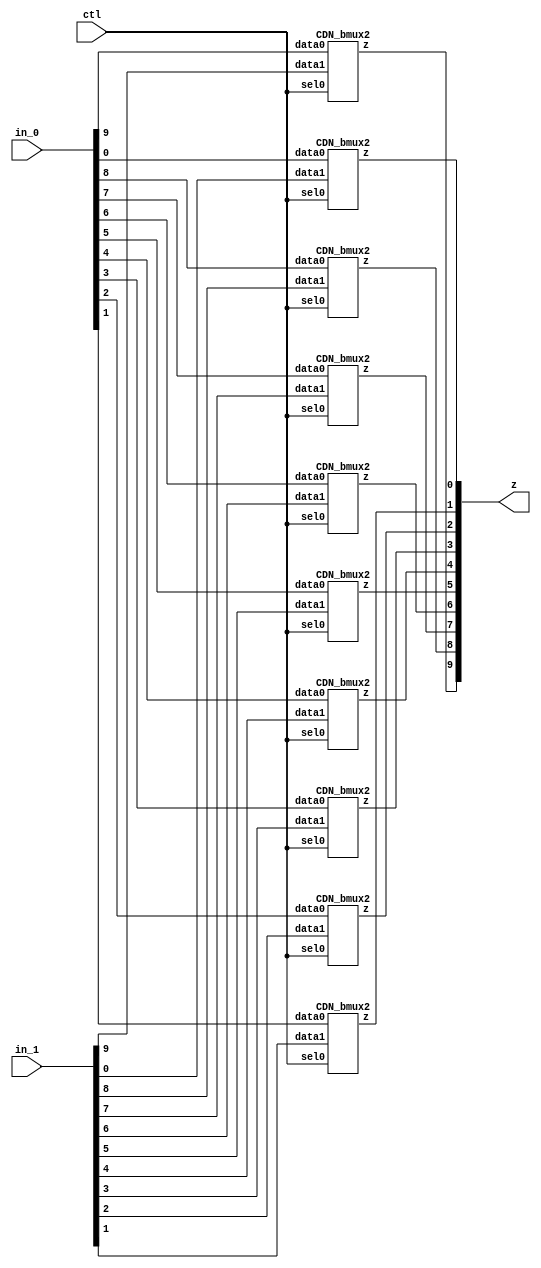

// Generated by Cadence Encounter(R) RTL Compiler RC14.27 - v14.20-s064_1

// Verification Directory fv/keccak_sbox 

module bmux(ctl, in_0, in_1, z);
  input ctl;
  input [9:0] in_0, in_1;
  output [9:0] z;
  CDN_bmux2 g1(.sel0 (ctl), .data0 (in_0[9]), .data1 (in_1[9]), .z
       (z[9]));
  CDN_bmux2 g2(.sel0 (ctl), .data0 (in_0[8]), .data1 (in_1[8]), .z
       (z[8]));
  CDN_bmux2 g3(.sel0 (ctl), .data0 (in_0[7]), .data1 (in_1[7]), .z
       (z[7]));
  CDN_bmux2 g4(.sel0 (ctl), .data0 (in_0[6]), .data1 (in_1[6]), .z
       (z[6]));
  CDN_bmux2 g5(.sel0 (ctl), .data0 (in_0[5]), .data1 (in_1[5]), .z
       (z[5]));
  CDN_bmux2 g6(.sel0 (ctl), .data0 (in_0[4]), .data1 (in_1[4]), .z
       (z[4]));
  CDN_bmux2 g7(.sel0 (ctl), .data0 (in_0[3]), .data1 (in_1[3]), .z
       (z[3]));
  CDN_bmux2 g8(.sel0 (ctl), .data0 (in_0[2]), .data1 (in_1[2]), .z
       (z[2]));
  CDN_bmux2 g9(.sel0 (ctl), .data0 (in_0[1]), .data1 (in_1[1]), .z
       (z[1]));
  CDN_bmux2 g10(.sel0 (ctl), .data0 (in_0[0]), .data1 (in_1[0]), .z
       (z[0]));
endmodule

module keccak_sbox(ClkxCI, RstxRBI, EnablexSI, IotaRCxDI, InputxDI,
     ZxDI, OutputxDO);
  input ClkxCI, RstxRBI, EnablexSI, IotaRCxDI;
  input [9:0] InputxDI;
  input [4:0] ZxDI;
  output [9:0] OutputxDO;
  wire [9:0] FFxDN;
  wire [9:0] FFxDP;
  bmux mux_FFxDP_114_10(.ctl (n_21), .in_0 (10'b0000000000), .in_1
       (10'b0000000000), .z ());
  not g2 (n_34, InputxDI[1]);
  and g3 (n_37, n_34, InputxDI[2]);
  xor g4 (\SBOX.result[0] , InputxDI[0], n_37);
  and g5 (n_38, InputxDI[1], InputxDI[7]);
  xor g6 (FFxDN[0], n_38, ZxDI[0]);
  xor g7 (OutputxDO[0], \SBOX.result[0] , FFxDP[0]);
  and g8 (n_41, InputxDI[6], InputxDI[2]);
  xor g9 (FFxDN[5], n_41, ZxDI[0]);
  xor g11 (n_45, FFxDP[5], InputxDI[5]);
  not g12 (n_44, InputxDI[6]);
  and g13 (n_46, n_44, InputxDI[7]);
  xor g14 (OutputxDO[5], n_45, n_46);
  not g16 (n_47, InputxDI[2]);
  and g17 (n_50, n_47, InputxDI[3]);
  xor g18 (\SBOX.result[0]_54 , InputxDI[1], n_50);
  and g19 (n_52, InputxDI[2], InputxDI[8]);
  xor g20 (FFxDN[1], n_52, ZxDI[1]);
  xor g21 (OutputxDO[1], \SBOX.result[0]_54 , FFxDP[1]);
  and g22 (n_55, InputxDI[7], InputxDI[3]);
  xor g23 (FFxDN[6], n_55, ZxDI[1]);
  xor g25 (n_58, FFxDP[6], InputxDI[6]);
  not g26 (n_57, InputxDI[7]);
  and g27 (n_59, n_57, InputxDI[8]);
  xor g28 (OutputxDO[6], n_58, n_59);
  not g30 (n_60, InputxDI[3]);
  and g31 (n_63, n_60, InputxDI[4]);
  xor g32 (\SBOX.result[0]_67 , InputxDI[2], n_63);
  and g33 (n_65, InputxDI[3], InputxDI[9]);
  xor g34 (FFxDN[2], n_65, ZxDI[2]);
  xor g35 (OutputxDO[2], \SBOX.result[0]_67 , FFxDP[2]);
  and g36 (n_68, InputxDI[8], InputxDI[4]);
  xor g37 (FFxDN[7], n_68, ZxDI[2]);
  xor g39 (n_71, FFxDP[7], InputxDI[7]);
  not g40 (n_70, InputxDI[8]);
  and g41 (n_72, n_70, InputxDI[9]);
  xor g42 (OutputxDO[7], n_71, n_72);
  not g44 (n_73, InputxDI[4]);
  and g45 (n_75, n_73, InputxDI[0]);
  xor g46 (\SBOX.result[0]_78 , InputxDI[3], n_75);
  and g47 (n_76, InputxDI[4], InputxDI[5]);
  xor g48 (FFxDN[3], n_76, ZxDI[3]);
  xor g49 (OutputxDO[3], \SBOX.result[0]_78 , FFxDP[3]);
  and g50 (n_79, InputxDI[9], InputxDI[0]);
  xor g51 (FFxDN[8], n_79, ZxDI[3]);
  xor g53 (n_82, FFxDP[8], InputxDI[8]);
  not g54 (n_81, InputxDI[9]);
  and g55 (n_83, n_81, InputxDI[5]);
  xor g56 (OutputxDO[8], n_82, n_83);
  not g58 (n_84, InputxDI[0]);
  and g59 (n_86, n_84, InputxDI[1]);
  xor g60 (\SBOX.result[0]_89 , InputxDI[4], n_86);
  and g61 (n_87, InputxDI[0], InputxDI[6]);
  xor g62 (FFxDN[4], n_87, ZxDI[4]);
  xor g63 (OutputxDO[4], \SBOX.result[0]_89 , FFxDP[4]);
  and g64 (n_90, InputxDI[5], InputxDI[1]);
  xor g65 (FFxDN[9], n_90, ZxDI[4]);
  xor g67 (n_93, FFxDP[9], InputxDI[9]);
  not g68 (n_92, InputxDI[5]);
  and g69 (n_94, n_92, InputxDI[6]);
  xor g70 (OutputxDO[9], n_93, n_94);
  not g71 (n_21, RstxRBI);
  CDN_flop \FFxDP_reg[0] (.clk (ClkxCI), .d (FFxDN[0]), .sena
       (EnablexSI), .aclr (n_21), .apre (1'b0), .srl (1'b0), .srd
       (1'b0), .q (FFxDP[0]));
  CDN_flop \FFxDP_reg[1] (.clk (ClkxCI), .d (FFxDN[1]), .sena
       (EnablexSI), .aclr (n_21), .apre (1'b0), .srl (1'b0), .srd
       (1'b0), .q (FFxDP[1]));
  CDN_flop \FFxDP_reg[2] (.clk (ClkxCI), .d (FFxDN[2]), .sena
       (EnablexSI), .aclr (n_21), .apre (1'b0), .srl (1'b0), .srd
       (1'b0), .q (FFxDP[2]));
  CDN_flop \FFxDP_reg[3] (.clk (ClkxCI), .d (FFxDN[3]), .sena
       (EnablexSI), .aclr (n_21), .apre (1'b0), .srl (1'b0), .srd
       (1'b0), .q (FFxDP[3]));
  CDN_flop \FFxDP_reg[4] (.clk (ClkxCI), .d (FFxDN[4]), .sena
       (EnablexSI), .aclr (n_21), .apre (1'b0), .srl (1'b0), .srd
       (1'b0), .q (FFxDP[4]));
  CDN_flop \FFxDP_reg[5] (.clk (ClkxCI), .d (FFxDN[5]), .sena
       (EnablexSI), .aclr (n_21), .apre (1'b0), .srl (1'b0), .srd
       (1'b0), .q (FFxDP[5]));
  CDN_flop \FFxDP_reg[6] (.clk (ClkxCI), .d (FFxDN[6]), .sena
       (EnablexSI), .aclr (n_21), .apre (1'b0), .srl (1'b0), .srd
       (1'b0), .q (FFxDP[6]));
  CDN_flop \FFxDP_reg[7] (.clk (ClkxCI), .d (FFxDN[7]), .sena
       (EnablexSI), .aclr (n_21), .apre (1'b0), .srl (1'b0), .srd
       (1'b0), .q (FFxDP[7]));
  CDN_flop \FFxDP_reg[8] (.clk (ClkxCI), .d (FFxDN[8]), .sena
       (EnablexSI), .aclr (n_21), .apre (1'b0), .srl (1'b0), .srd
       (1'b0), .q (FFxDP[8]));
  CDN_flop \FFxDP_reg[9] (.clk (ClkxCI), .d (FFxDN[9]), .sena
       (EnablexSI), .aclr (n_21), .apre (1'b0), .srl (1'b0), .srd
       (1'b0), .q (FFxDP[9]));
endmodule

`ifdef RC_CDN_GENERIC_GATE
`else
module CDN_flop(clk, d, sena, aclr, apre, srl, srd, q);
  input clk, d, sena, aclr, apre, srl, srd;
  output q;
  reg  qi;
  assign #1 q = qi;
  always 
    @(posedge clk or posedge aclr) 
      if (aclr) 
        qi = 0;
      //else if (apre) 
          //qi = 1;
        //else if (srl) 
            //qi = srd;
          else begin
            //if (sena) 
              qi = d;
          end
  //initial 
    //qi = 1'b0;
endmodule
`endif
`ifdef RC_CDN_GENERIC_GATE
`else
`ifdef ONE_HOT_MUX
module CDN_bmux2(sel0, data0, data1, z);
  input sel0, data0, data1;
  output z;
  reg  z;
  always 
    @(sel0 or data0 or data1) 
      case ({sel0})
       1'b0: z = data0;
       1'b1: z = data1;
      endcase
endmodule
`else
module CDN_bmux2(sel0, data0, data1, z);
  input sel0, data0, data1;
  output z;
  not i_0 (inv_sel0, sel0);
  and a_0 (w_0, inv_sel0, data0);
  and a_1 (w_1, sel0, data1);
  or org (z, w_0, w_1);
endmodule
`endif // ONE_HOT_MUX
`endif